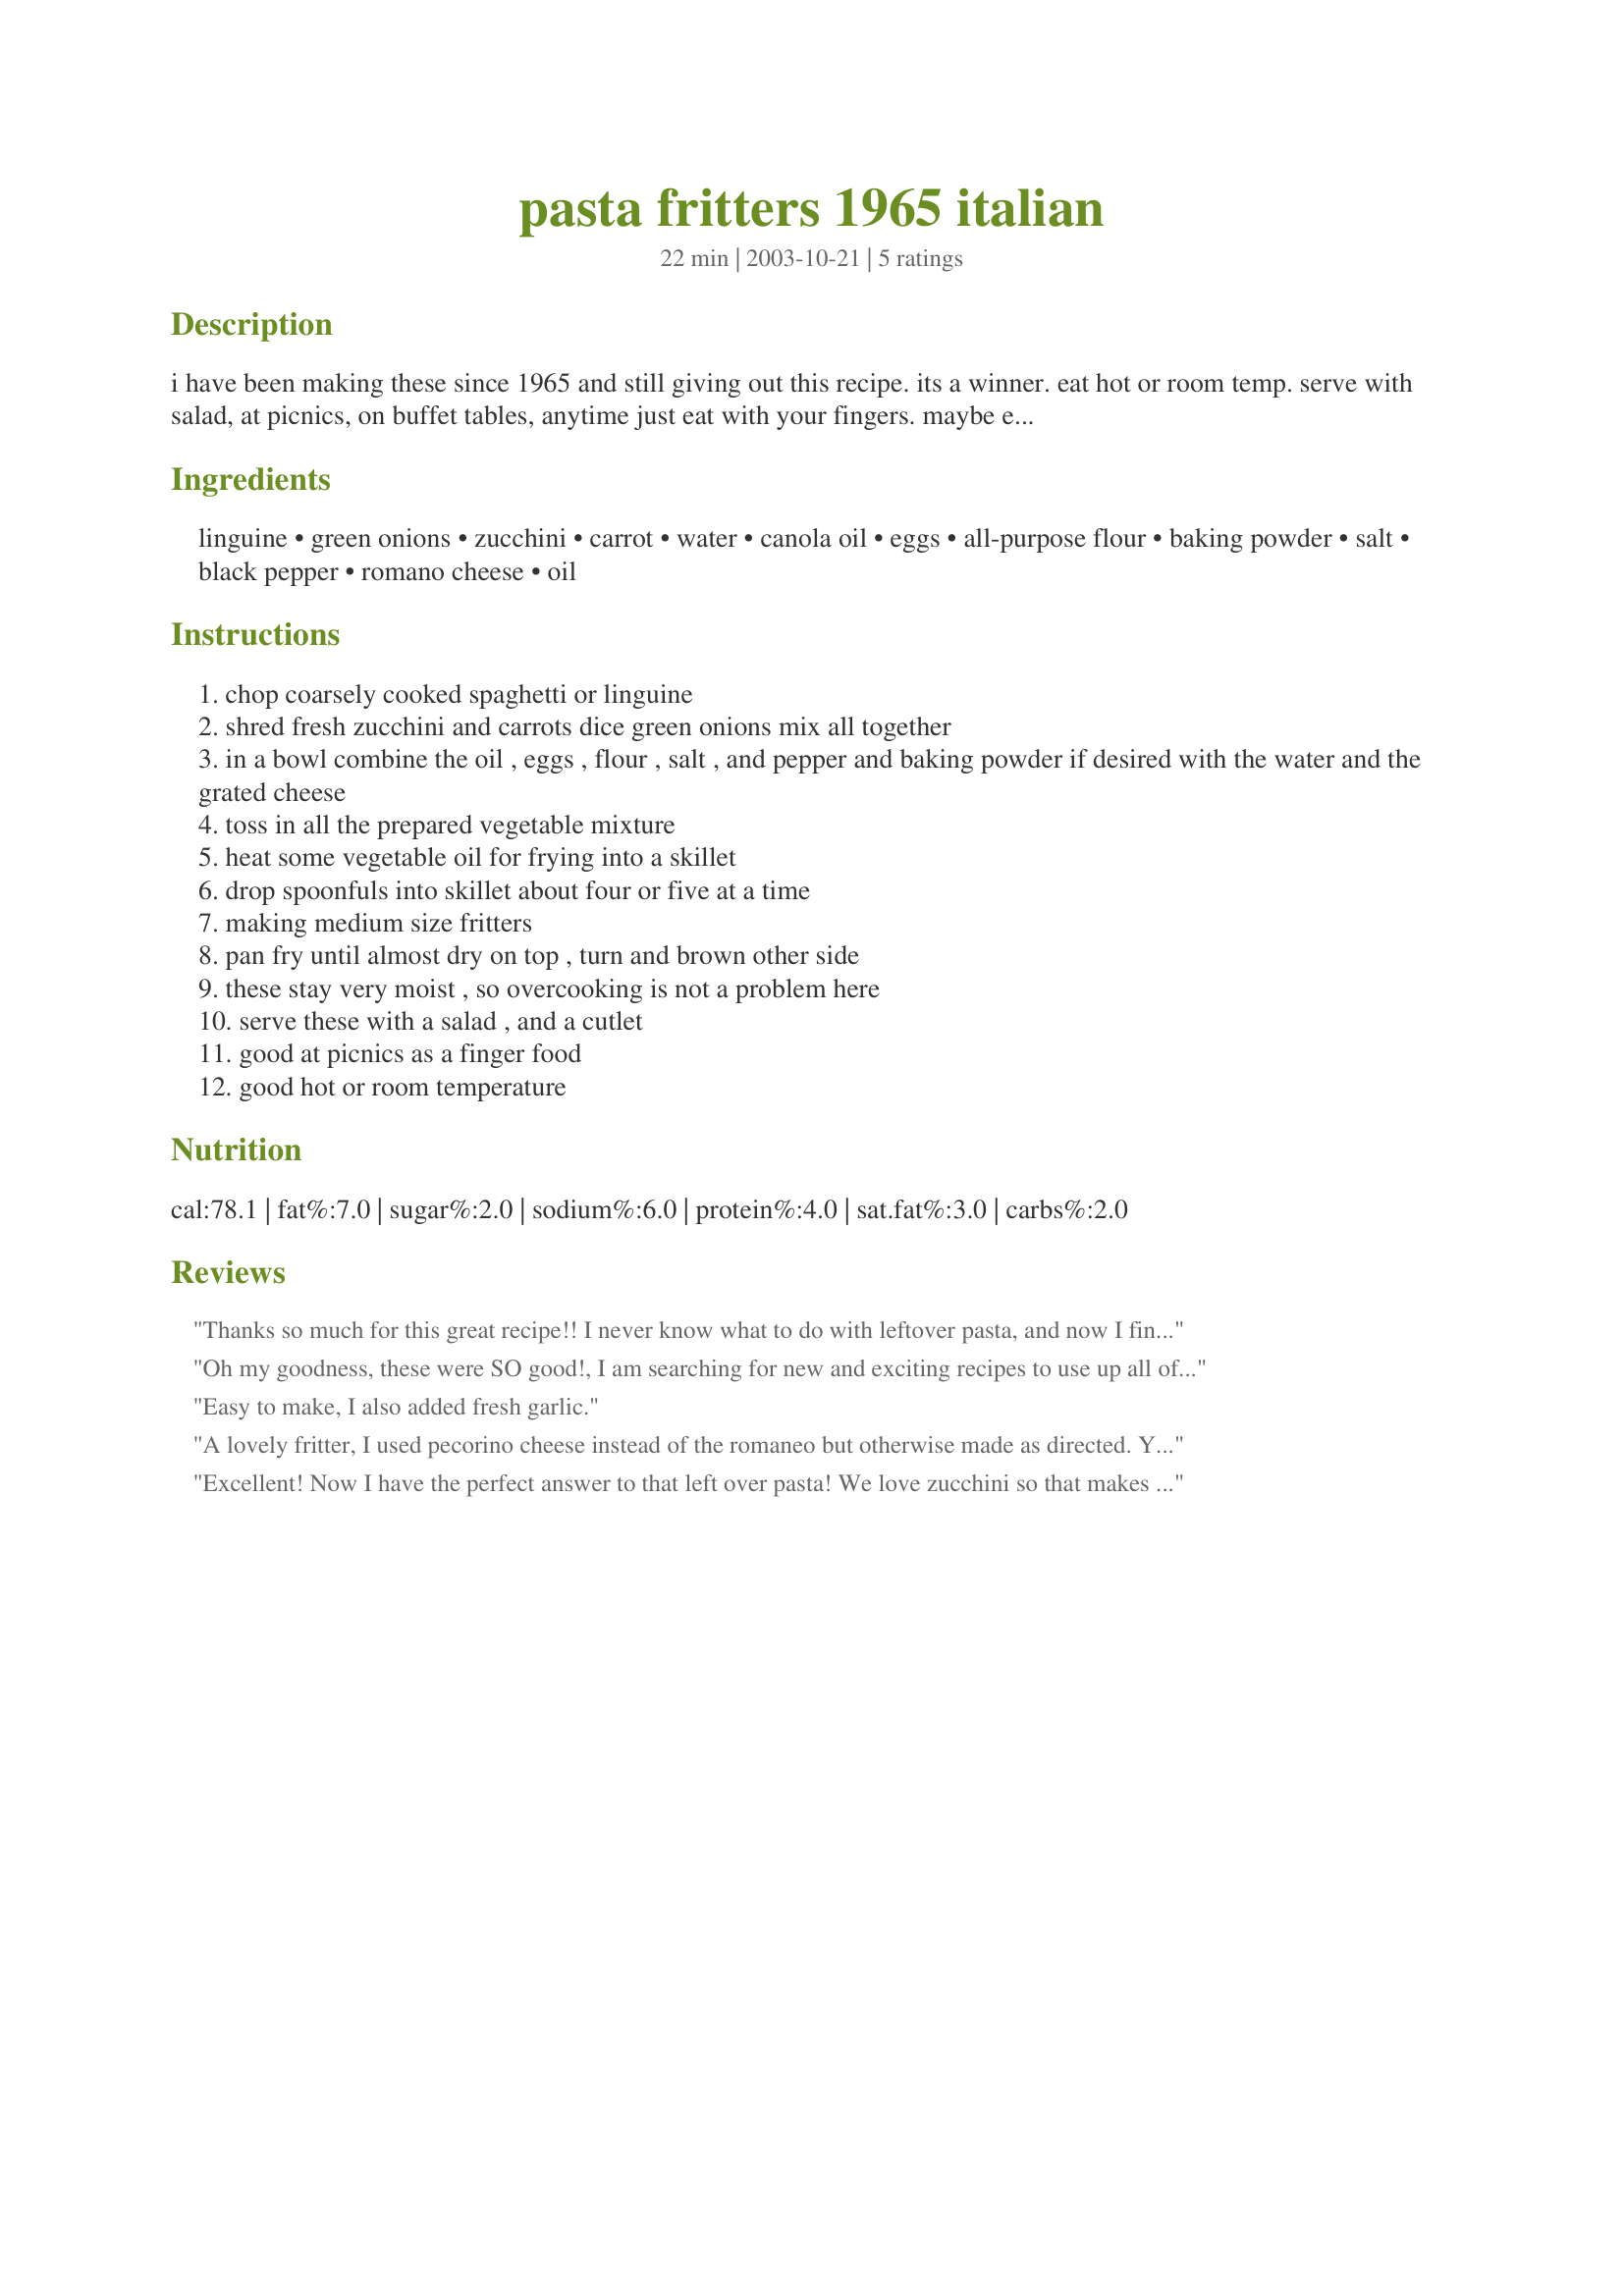
pasta fritters 1965 italian
Preparation time: 22 minutes

i have been making these since 1965 and still giving out this recipe. its a winner. eat hot or room temp. serve with salad, at picnics, on buffet tables, anytime just eat with your fingers. maybe even serve with a fresh plum diced tomato salsa.(thats for the canucks) this is my italian favourite thanks to the calabrazie.....!!! thanks grandpa!!!!!!

Ingredients:
linguine, green onions, zucchini, carrot, water, canola oil, eggs, all-purpose flour, baking powder, salt, black pepper, romano cheese, oil

Steps:
chop coarsely cooked spaghetti or linguine
shred fresh zucchini and carrots dice green onions mix all together
in a bowl combine the oil , eggs , flour , salt , and pepper and baking powder if desired with the water and the grated cheese
toss in all the prepared vegetable mixture
heat some vegetable oil for frying into a skillet
drop spoonfuls into skillet about four or five at a time
making medium size fritters
pan fry until almost dry on top , turn and brown other side
these stay very moist , so overcooking is not a problem here
serve these with a salad , and a cutlet
good at picnics as a finger food
good hot or room temperature

Reviews:
Thanks so much for this great recipe!! I never know what to do with leftover pasta, and now I find myself cooking more on purpose just as an excuse to make this! :) It tastes great, it's a great way to sneak veggies into my diet, and like you said, there are impossible to overcook! Thanks again, for a great recipe!
Oh my goodness, these were SO good!, I am searching for new and exciting recipes to use up all of my zuchinni, and this is one that is on top of my list! I would have never thought of using pasta with this method, but it makes the most delicious fritters! great texture and wonderful taste, I used fresh green onions from my gaden, and also added some fresh chopped garlic (I add fresh garlic to everything!!), also, I used fresh grated Parmesan cheese instead of Romano..... this is a winning recipe, I can't wait to make them again! thank you so much andypandy for sharing...Kittencal:)
Easy to make, I also added fresh garlic.
A lovely fritter, I used pecorino cheese instead of the romaneo but otherwise made as directed. You could play around with the vege ingredients and still get good results...a great way to clean out the vege drawer in the fridge.
Thanks for sharing!

Excellent! Now I have the perfect answer to that left over pasta! We love zucchini so that makes it a double plus. Yes these were good - right up there with potato pancakes they said ... and here that is as good as it gets for a special meal. Other then subbing with a cheese I had on hand made as posted using the 1/2 teaspoon of baking powder with perfect results. Again no left overs on this one. Thank you Andypandy.
